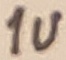
Text: 1u